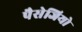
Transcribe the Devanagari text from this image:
पैसेजियो